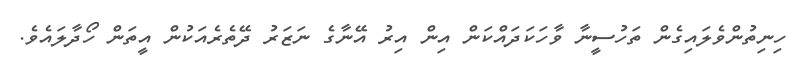
ހިނިތުންވެލައިގެން ތަހުސީނާ ވާހަކަދައްކަން އިން އިރު އޭނާގެ ނަޒަރު ދޭތެރެއަކުން އީތަން ހޯދާލައެވެ.